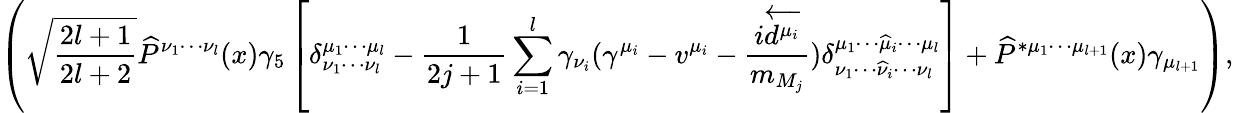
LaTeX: \left(\sqrt{\frac{2l+1}{2l+2}}\widehat{P}^{\nu_{1}\cdots\nu_{l}}(x)\gamma_{5}\left[\delta_{\nu_{1}\cdots\nu_{l}}^{\mu_{1}\cdots\mu_{l}}-\frac{1}{2j+1}\sum_{i=1}^{l}\gamma_{\nu_{i}}(\gamma^{\mu_{i}}-v^{\mu_{i}}-\frac{i\overleftarrow{d^{\mu_{i}}}}{m_{M_{j}}})\delta_{\nu_{1}\cdots\widehat{\nu}_{i}\cdots\nu_{l}}^{\mu_{1}\cdots\widehat{\mu}_{i}\cdots\mu_{l}}\right]+\widehat{P}^{*\mu_{1}\cdots\mu_{l+1}}(x)\gamma_{\mu_{l+1}}\right),